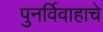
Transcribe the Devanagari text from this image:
पुनर्विवाहाचे